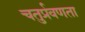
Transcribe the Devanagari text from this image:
चतुर्प्रवणता